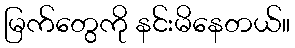
မြက်တွေကို နင်းမိနေတယ်။